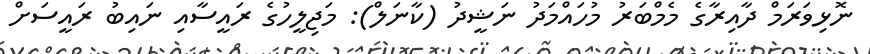
ނޮޅިވަރަމް ދާއިރާގެ މެމްބަރު މުހައްމަދު ނަޝީދު (ކާނަލް): މަޖިލީހުގެ ރައީސާއި ނައިބު ރައީސަށް